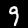
Digit: 9